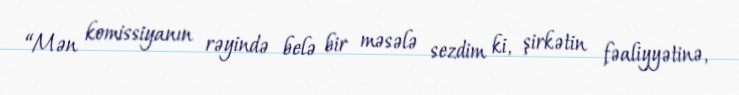
“Mən komissiyanın rəyində belə bir məsələ sezdim ki, şirkətin fəaliyyətinə,